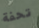
تحفة